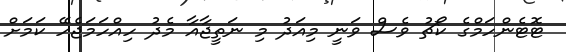
ޓޮޓެންހަމްގެ ކޯޗު ވެސް ވަނީ މިއަދު މި ނަތީޖާއާ މެދު ހިއްހަމަޖެހޭ ކަމަށް